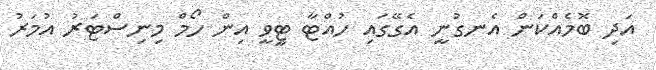
އަދި ބޮމެއްކަން އެނގުނީ އެގޭގައި ހުއްޓާ ޓީވީ އިން ހޯމް މިނިސްޓަރު އުމަރު